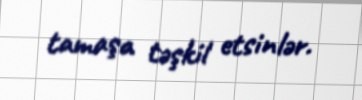
tamaşa təşkil etsinlər.